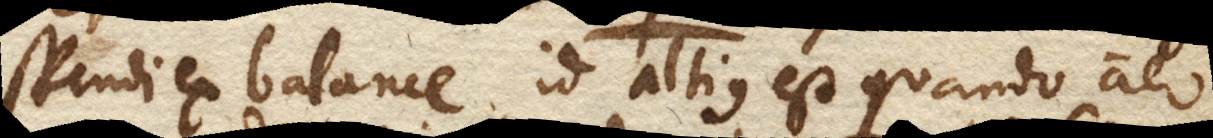
spendi ex balance, id altius est quando aer